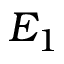
E _ { 1 }